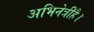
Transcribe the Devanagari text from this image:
अभिनेत्रीहै।